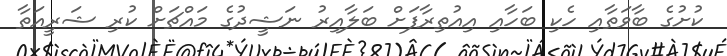
ކުށުގެ ބާވަތާއި ހެކި ބަހާއި އިއުތިރާފަށް ބަލާއިރު ނަޝީދުގެ މައްޗަށް ކުރި ޝަރީއަތާ